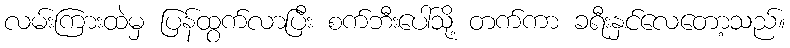
လမ်းကြားထဲမှ ပြန်ထွက်လာပြီး စက်ဘီးပေါ်သို့ တက်ကာ ခရီးနှင်လေတော့သည်။